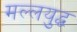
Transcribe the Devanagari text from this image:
मल्लयुद्घ